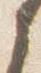
之